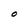
Character: O